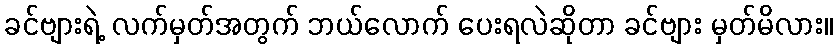
ခင်ဗျားရဲ့ လက်မှတ်အတွက် ဘယ်လောက် ပေးရလဲဆိုတာ ခင်ဗျား မှတ်မိလား။